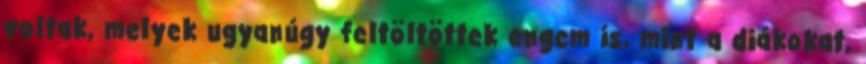
voltak, melyek ugyanúgy feltöltöttek engem is, mint a diákokat,